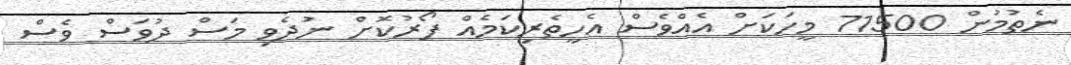
ނެތުމުން 71500 މީހަކަށް އެއްވެސް އެހީތެރިކަމެއް ފޯރުކޮށް ނުދެވި މަސް ދުވަސް ވެސް